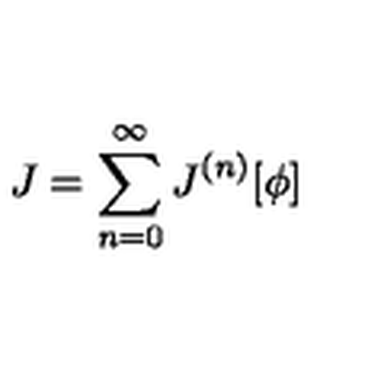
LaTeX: J = \sum _ { n = 0 } ^ { \infty } J ^ { ( n ) } [ \phi ]